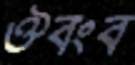
ঔবংব